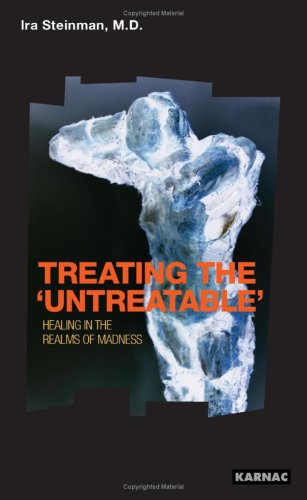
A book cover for Treating the "Untreatable": Healing in the Realms of Madness; Ira Steinman; Health, Fitness & Dieting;